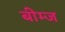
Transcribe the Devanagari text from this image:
बीम्ज